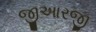
જીઆરજી